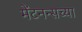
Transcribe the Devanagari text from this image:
मेंटनन्सच्या